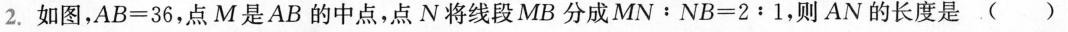
2. 如图, $$A B = 3 6$$ ,点M是AB 的中点,点 N将线段MB 分成$$M N : N B = 2 ﹔ 1$$ ,则 AN的长度是 ( )